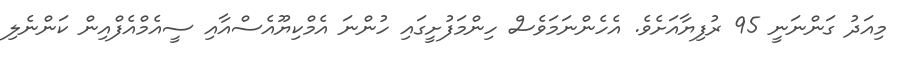
މިއަދު ގަންނަނީ 95 ރުފިޔާއަށެވެ. އެހެންނަމަވެސް ހިންމަފުށީގައި ހުންނަ އެމްކިޔޫއެސްއާއި ސީއެމްއެފްއިން ކަންނެލި